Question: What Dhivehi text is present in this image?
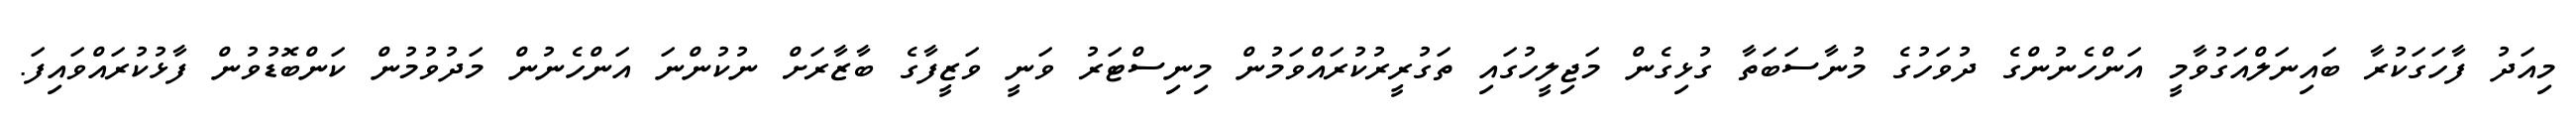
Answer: މިއަދު ފާހަގަކުރާ ބައިނަލްއަގުވާމީ އަންހެނުންގެ ދުވަހުގެ މުނާސަބަތާ ގުޅިގެން މަޖިލީހުގައި ތަގުރީރުކުރައްވަމުން މިނިސްޓަރު ވަނީ ވަޒީފާގެ ބާޒާރަށް ނުކުންނަ އަންހެނުން މަދުވުމުން ކަންބޮޑުވުން ފާޅުކުރައްވައިފަ.